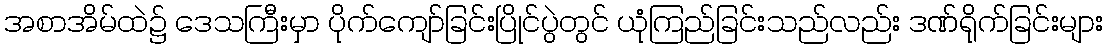
အစာအိမ်ထဲ၌ ဒေသကြီးမှာ ပိုက်ကျော်ခြင်းပြိုင်ပွဲတွင် ယုံကြည်ခြင်းသည်လည်း ဒဏ်ရိုက်ခြင်းများ